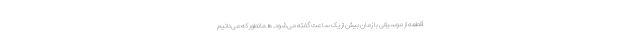
قطعه از موسیقی با زمان بیش از یک ساعت گفته می‌شود. همانطور که می‌دانیم